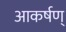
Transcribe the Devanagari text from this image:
आकर्षण्